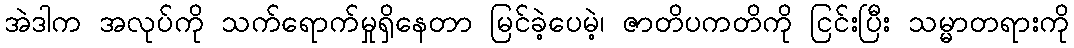
အဲဒါက အလုပ်ကို သက်ရောက်မှုရှိနေတာ မြင်ခဲ့ပေမဲ့၊ ဇာတိပကတိကို ငြင်းပြီး သမ္မာတရားကို